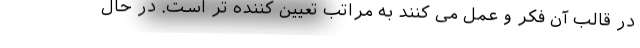
در قالبِ آن فکر و عمل می کنند به مراتب تعیین کننده تر است. در حال